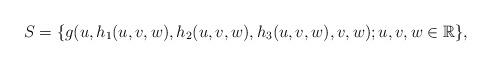
LaTeX: \begin{align*} S =\{g(u,h_1(u,v,w),h_2(u,v,w),h_3(u,v,w),v,w); u,v,w \in \mathbb R \}, \end{align*}